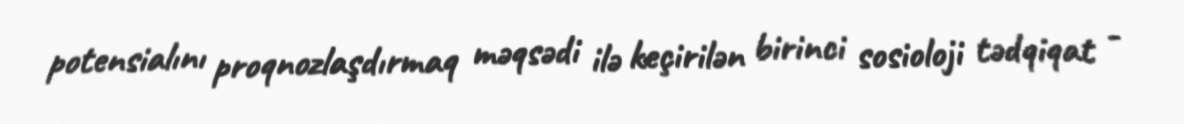
potensialını proqnozlaşdırmaq məqsədi ilə keçirilən birinci sosioloji tədqiqat -